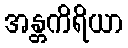
အန္တကိရိယာ